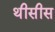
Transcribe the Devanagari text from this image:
थीसीस